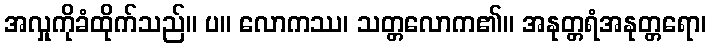
အလှုကိုခံထိုက်သည်။ ပ။ လောကဿ၊ သတ္တလောက၏။ အနုတ္တရံအနုတ္တရော၊